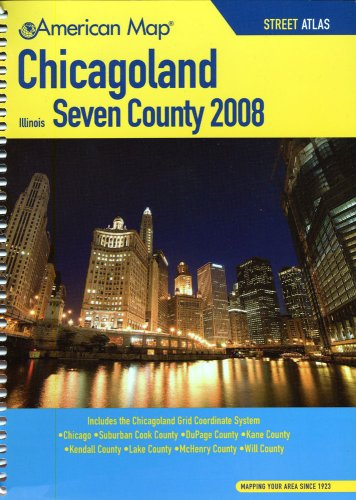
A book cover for American Map 2008 Chicagoland Seven County Atlas; Travel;